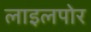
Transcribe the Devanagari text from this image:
लाइलपोर